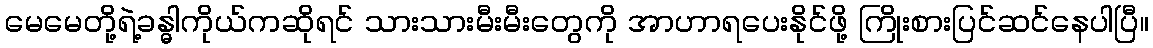
မေမေတို့ရဲ့ခန္ဓါကိုယ်ကဆိုရင် သားသားမီးမီးတွေကို အာဟာရပေးနိုင်ဖို့ ကြိုးစားပြင်ဆင်နေပါပြီ။